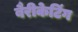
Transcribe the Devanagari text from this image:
बैरीकेटिंग